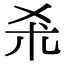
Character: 杀